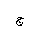
Letter: _gim